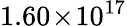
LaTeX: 1.60\! \times\! 10^{17}